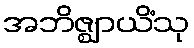
အဘိဇ္ဈာယိံသု